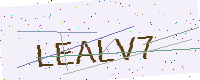
Text: LEALV7